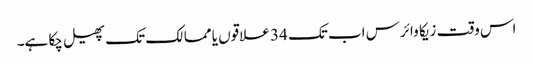
اس وقت زیکا وائرس اب تک 34 علاقوں یا ممالک تک پھیل چکا ہے۔